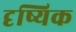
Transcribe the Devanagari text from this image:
दृष्यिक